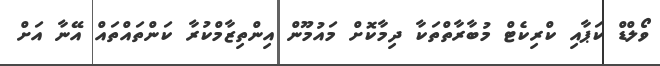
ވޯލްޑް ކަޕާއި ކްރިކެޓް މުބާރާތްތަކާ ދިމާކޮށް މައުމޫން އިންތިޒާމްކުރާ ކަންތައްތައް އޭނާ އަށް